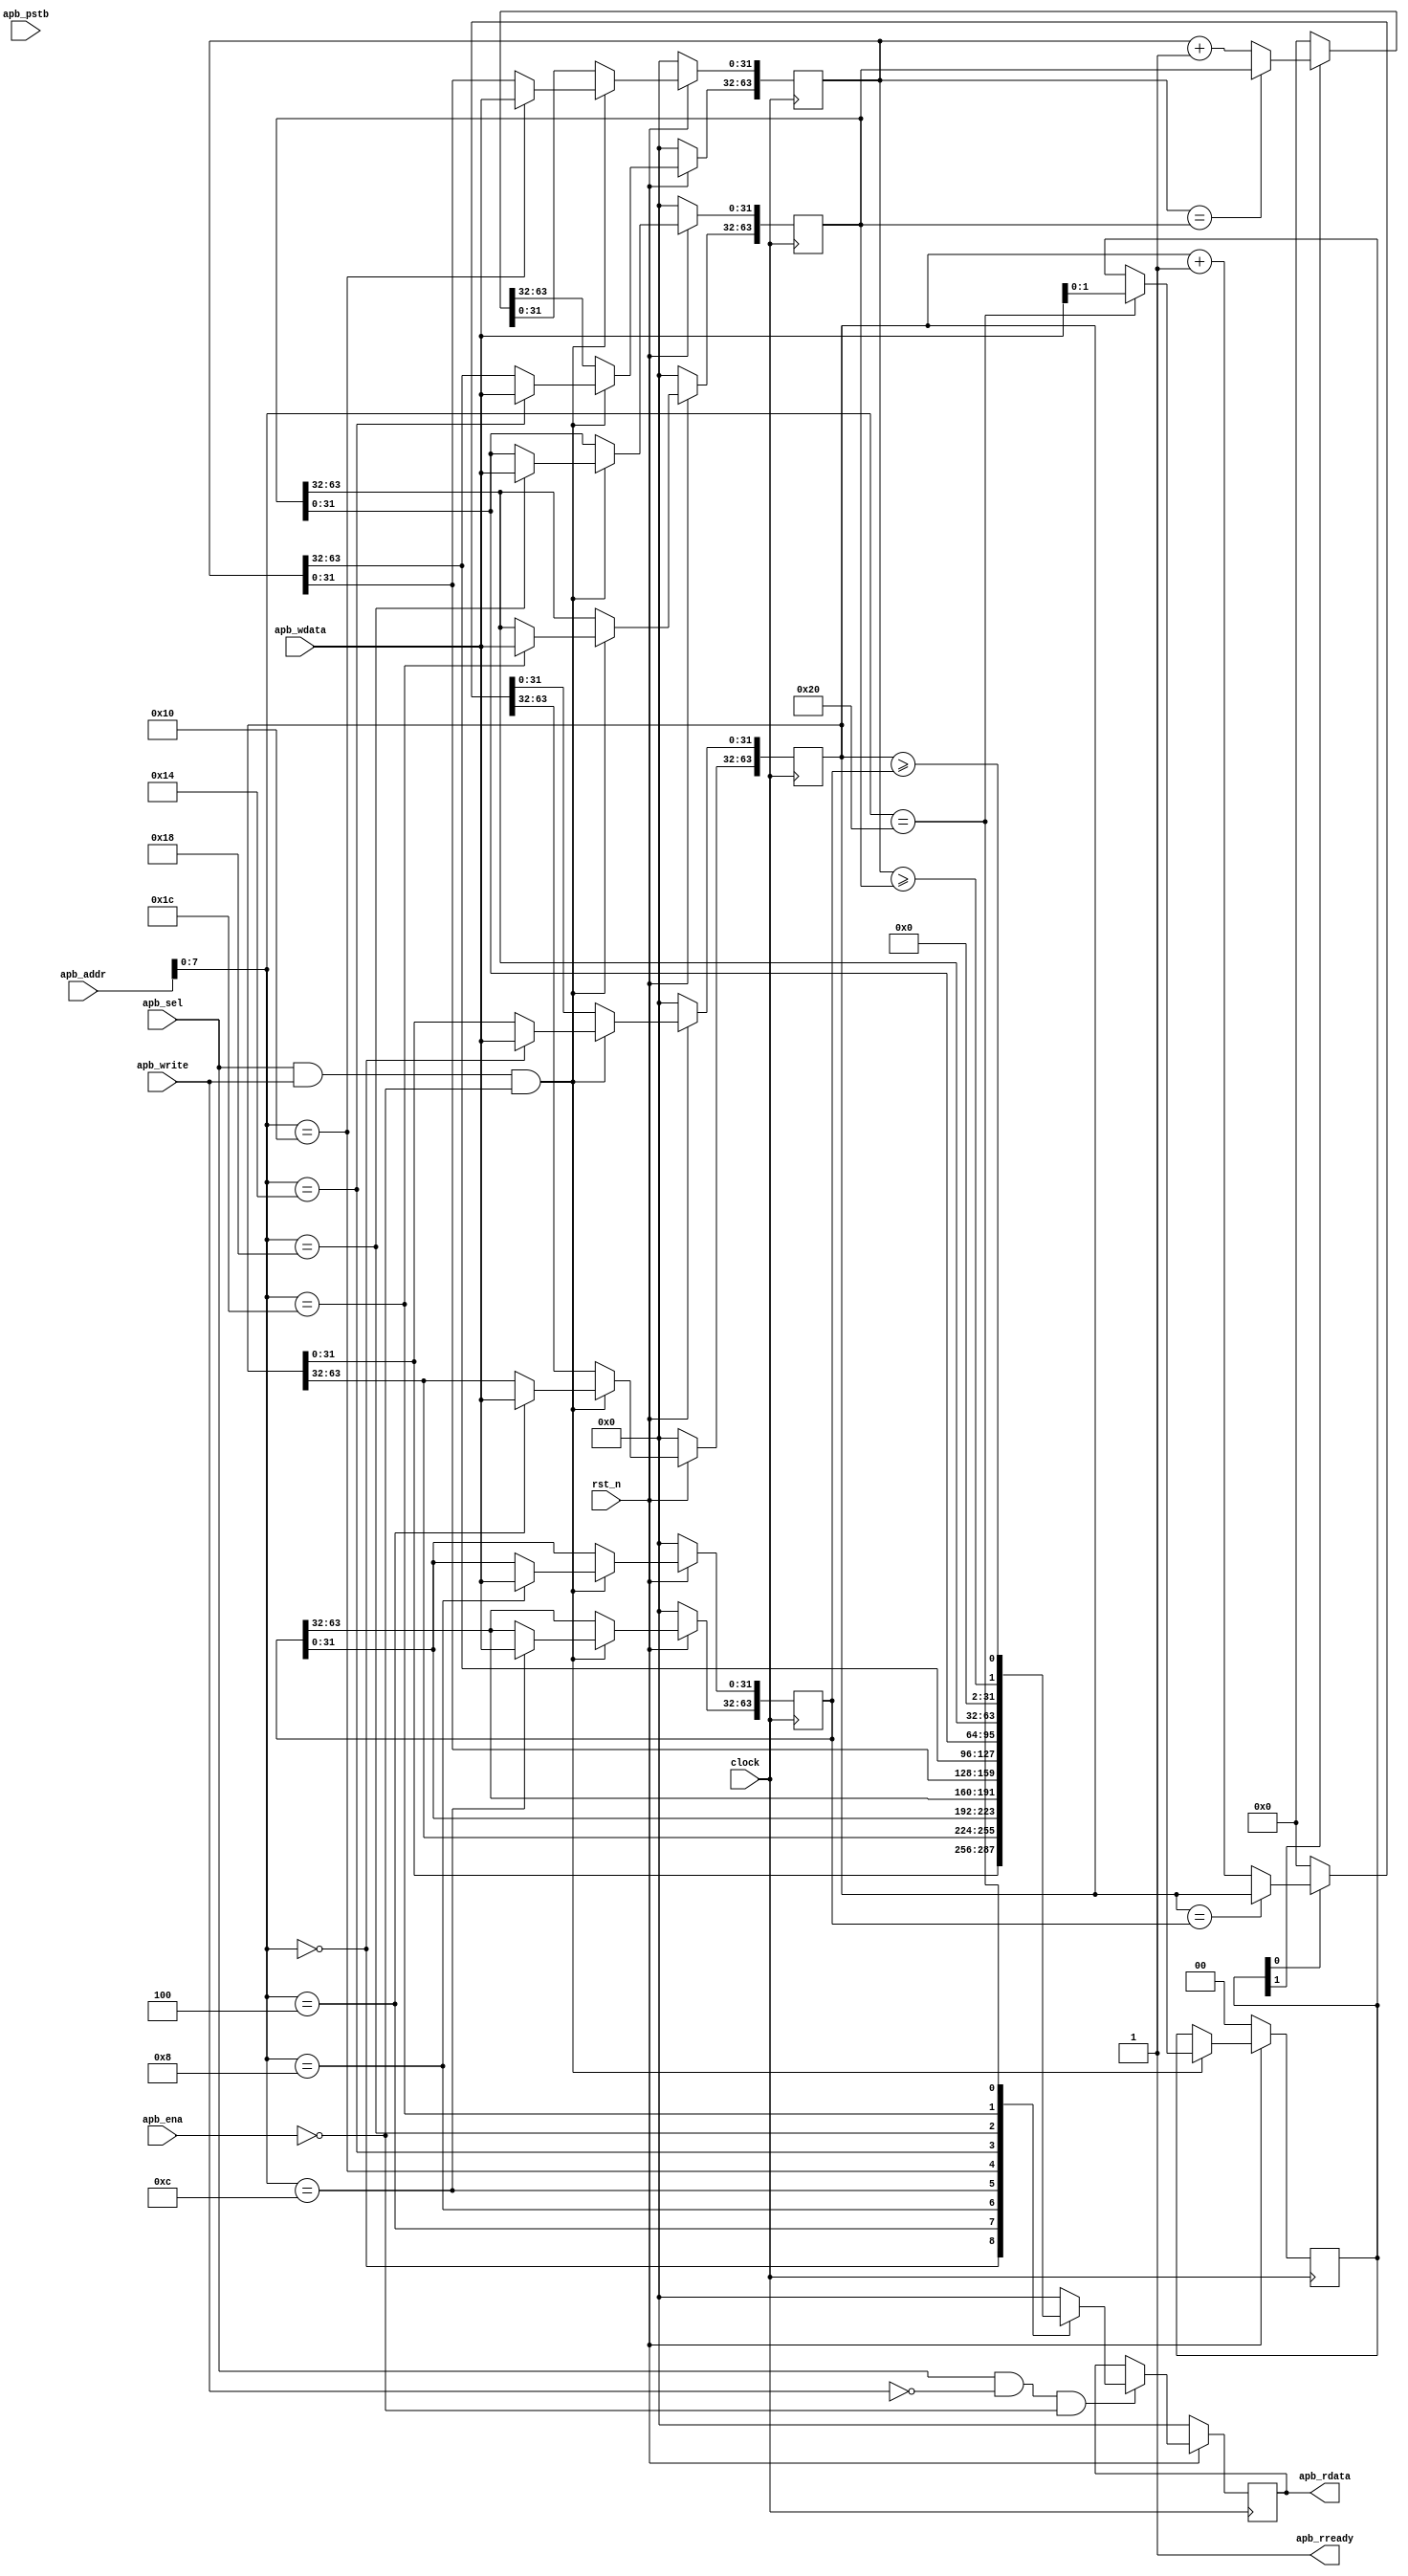
/*
//Copyright 2021 S SIVA PRASAD ssprasad12a@gmail.com

Permission is hereby granted, free of charge, to any person obtaining a copy of this software and associated documentation files (the "Software"), to deal in the Software without restriction, including without limitation the rights to use, copy, modify, merge, publish, distribute, sublicense, and/or sell copies of the Software, and to permit persons to whom the Software is furnished to do so, subject to the following conditions:

The above copyright notice and this permission notice shall be included in all copies or substantial portions of the Software.

THE SOFTWARE IS PROVIDED "AS IS", WITHOUT WARRANTY OF ANY KIND, EXPRESS OR IMPLIED, INCLUDING BUT NOT LIMITED TO THE WARRANTIES OF MERCHANTABILITY, FITNESS FOR A PARTICULAR PURPOSE AND NONINFRINGEMENT. IN NO EVENT SHALL THE AUTHORS OR COPYRIGHT HOLDERS BE LIABLE FOR ANY CLAIM, DAMAGES OR OTHER LIABILITY, WHETHER IN AN ACTION OF CONTRACT, TORT OR OTHERWISE, ARISING FROM, OUT OF OR IN CONNECTION WITH THE SOFTWARE OR THE USE OR OTHER DEALINGS IN THE SOFTWARE.

*/


`timescale 1ns / 1ps



module timer_ssp(
    input              clock,
    input              rst_n,
    input  [31:0]      apb_addr,
    input              apb_sel,
    input              apb_write,
    input              apb_ena,
    input  [31:0]      apb_wdata,
    output reg [31:0]  apb_rdata,
    input  [3:0]       apb_pstb,
    output             apb_rready
   
    
    
    );
    
   
    localparam TIME0_LADDR         = 8'h00;
    localparam TIME0_HADDR         = 8'h04;
    localparam TIME0_CMPLADDR      = 8'h08;
    localparam TIME0_CMPHADDR      = 8'h0C;
    localparam TIME1_LADDR         = 8'h10;
    localparam TIME1_HADDR         = 8'h14;
    localparam TIME1_CMPLADDR      = 8'h18;
    localparam TIME1_CMPHADDR      = 8'h1C;
    localparam TIMEENA_ADDR        = 8'h20;
    
    reg [63:0] time0;
    reg [63:0] time1;
    reg [63:0] time0_cmp;
    reg [63:0] time1_cmp;
    
   
    wire   [1:0] count_eq;
    assign count_eq[0] = (time0 >= time0_cmp);
    assign count_eq[1] = (time1 >= time1_cmp);
    
    reg    [1:0] tmr_ena;
 
    
    assign apb_rready = 1'b1;
    
    always @(posedge clock ) begin
    
    if (!rst_n) begin
    
       time0     <= 64'h0000_0000_0000_0000;
       time1     <= 64'h0000_0000_0000_0000;
       time0_cmp <= 64'h0000_0000_0000_0000;
       time1_cmp <= 64'h0000_0000_0000_0000;
       time1_cmp <= 64'h0000_0000_0000_0000;
       tmr_ena   <= 2'b00;
      apb_rdata  <= 32'h0000_0000;
       
    end else begin
   
        if(apb_sel && apb_write && !apb_ena) begin 
        
            case(apb_addr[7:0]) 
                TIME0_LADDR      : begin  time0[31:0]      <= apb_wdata; end
                TIME0_HADDR      : begin  time0[63:32]     <= apb_wdata; end
                TIME0_CMPLADDR   : begin  time0_cmp[31:0]  <= apb_wdata; end 
                TIME0_CMPHADDR   : begin  time0_cmp[63:32] <= apb_wdata; end 
                TIME1_LADDR      : begin  time1[31:0]      <= apb_wdata; end   
                TIME1_HADDR      : begin  time1[63:32]     <= apb_wdata; end   
                TIME1_CMPLADDR   : begin  time1_cmp[31:0]  <= apb_wdata; end   
                TIME1_CMPHADDR   : begin  time1_cmp[63:32] <= apb_wdata; end   
                TIMEENA_ADDR     : begin  tmr_ena <= apb_wdata[1:0]; end  
             endcase        
        
        end else begin
        // no autoreload
                time0   <= tmr_ena[0] ? (time0 == time0_cmp) ? time0 : time0 + 64'h0000_0000_0000_0001 : 64'h0000_0000_0000_0000;
           // auto reload
                time1   <= tmr_ena[1] ? (time1 == time1_cmp) ? time1_cmp : time1 + 64'h0000_0000_0000_0001 : 64'h0000_0000_0000_0000; 
        
        
        end
      
        if(apb_sel && !apb_write && !apb_ena) begin 
        
            case(apb_addr[7:0]) 
                 TIME0_LADDR      : begin apb_rdata  <= time0[31:0]     ; end
                 TIME0_HADDR      : begin apb_rdata  <= time0[63:32]    ; end
                 TIME0_CMPLADDR   : begin apb_rdata  <= time0_cmp[31:0] ; end
                 TIME0_CMPHADDR   : begin apb_rdata  <= time0_cmp[63:32]; end
                 TIME1_LADDR      : begin apb_rdata  <= time1[31:0]     ; end
                 TIME1_HADDR      : begin apb_rdata  <= time1[63:32]    ; end
                 TIME1_CMPLADDR   : begin apb_rdata  <= time1_cmp[31:0] ; end
                 TIME1_CMPHADDR   : begin apb_rdata  <= time1_cmp[63:32]; end
                 TIMEENA_ADDR     : begin apb_rdata  <= {28'h0000000,2'b00,count_eq}   ; end
                 default          : begin apb_rdata      <= 32'h0000_0000;     end
             endcase  
            
        end  
       
        
        
         
        
    
    
    
    
    
    
   
   
    end 
    end
      
endmodule